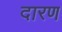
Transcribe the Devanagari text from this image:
दारण